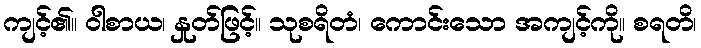
ကျင့်၏။ ဝါစာယ၊ နှုတ်ဖြင့်။ သုစရိတံ၊ ကောင်းသော အကျင့်ကို။ စရတိ၊